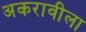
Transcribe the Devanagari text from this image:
अकरावीला